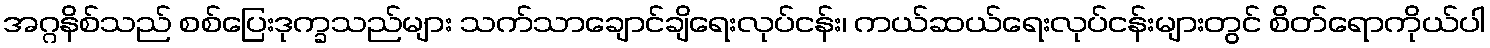
အဂ္ဂနိစ်သည် စစ်ပြေးဒုက္ခသည်များ သက်သာချောင်ချိရေးလုပ်ငန်း၊ ကယ်ဆယ်ရေးလုပ်ငန်းများတွင် စိတ်ရောကိုယ်ပါ